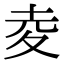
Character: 夌